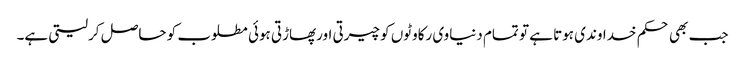
جب بھی حکم خداوندی ہوتا ہے تو تمام دنیاوی رکاوٹوں کو چیرتی اورپھاڑتی ہوئی مطلوب کو حاصل کرلیتی ہے۔